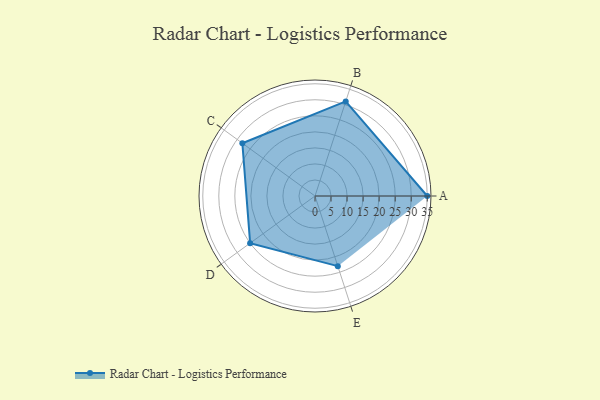
{"axis": {"x": "Skill", "y": "Score"}, "legend": ["Profile"], "data": [{"x": "A", "y": 35.0, "type": "Profile"}, {"x": "B", "y": 31.0, "type": "Profile"}, {"x": "C", "y": 28.0, "type": "Profile"}, {"x": "D", "y": 25.0, "type": "Profile"}, {"x": "E", "y": 23.0, "type": "Profile"}]}